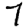
Digit: 7